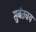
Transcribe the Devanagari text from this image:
सुबंतचय